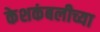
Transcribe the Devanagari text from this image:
केशकंबलीच्या